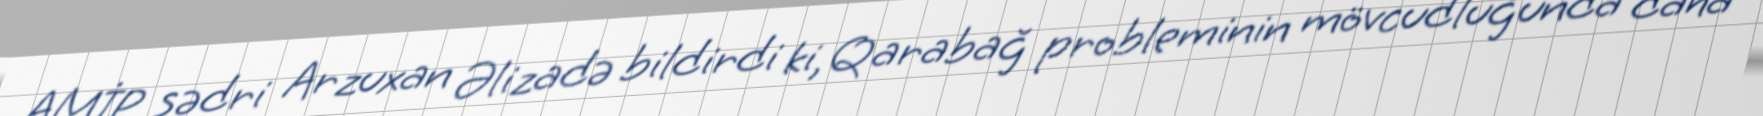
AMİP sədri Arzuxan Əlizadə bildirdi ki, Qarabağ probleminin mövcudluğunda daha